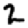
Digit: 2